Leaving Certificate Examination, 1908
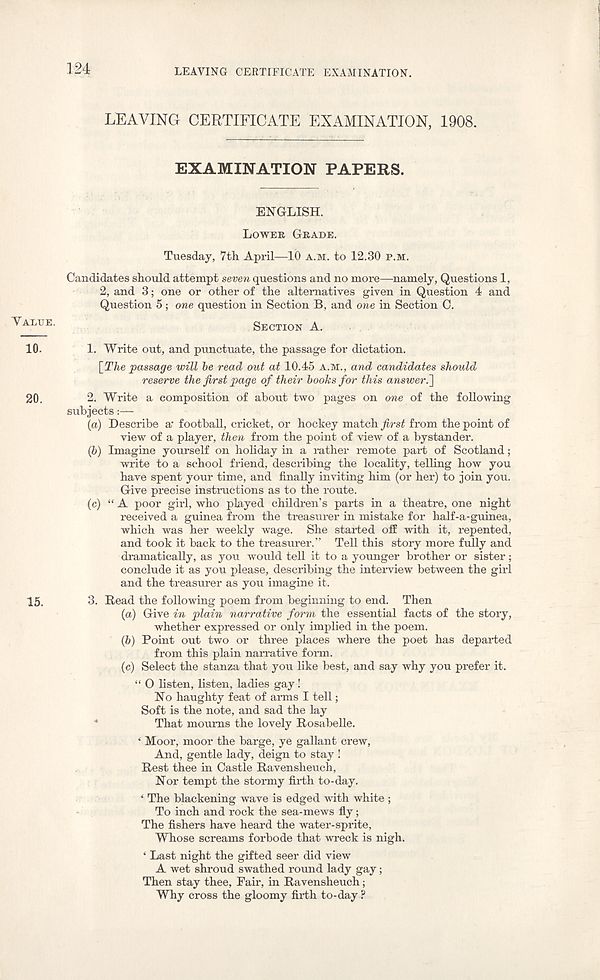
124
LEAVING CERTIFICATE EXAMINATION.
LEAVING CERTIFICATE EXAMINATION, 1908.
EXAMINATION PAPERS.
ENGLISH.
LOWER GRADE.
Tuesday, 7th April—10 A.M. to 12.30 P.M.
Candidates should attempt seven questions and no more—namely, Questions 1,
2, and 3; one or other of the alternatives given in Question 4 and
Question 5; one question in Section B, and one in Section C.
AI,1T:E -
SECTION A.
10.
1. Write out, and punctuate, the passage for dictation.
[The passage will be read out at 10.45 A.M., and candidates should
reserve the first page of their books for this answer.']
20.
2. Write a composition of about two pages on one of the following
subjects:—
(a) Describe a - football, cricket, or hockey match first from the point of
view of a player, then from the point of view of a bystander.
(b) Imagine yourself on holiday in a rather remote part of Scotland;
write to a school friend, desciibing the locality, telling how you
have spent your time, and finally inviting him (or her) to join you.
Give precise instructions as to the route.
(c) “ A poor girl, who played children’s parts in a theatre, one night
received a guinea from the treasurer in mistake for half-a-guinea,
which was her weekly wage. She started ofE with it, repented,
and took it back to the treasurer.” Tell this story more fully and
dramatically, as you would tell it to a younger brother or sister;
conclude it as you please, describing the interview between the girl
and the treasurer as you imagine it.
15.
3. Read the following poem from beginning to end. Then
(a) Give in plain narrative form the essential facts of the story,
whether expressed or only implied in the poem.
(b) Point out two or three places where the poet has departed
from this plain narrative form.
(c) Select the stanza that you like best, and say why you prefer it.
“ O listen, listen, ladies gay!
No haughty feat of arms I tell;
Soft is the note, and sad the lay
That mourns the lovely Rosabelle.
‘ Moor, moor the barge, ye gallant crew,
And, gentle lady, deign to stay !
Rest thee in Castle Ravensheuch,
Nor tempt the stormy firth to-day.
‘ The blackening wave is edged with white ;
To inch and rock the sea-mews fly;
The fishers have heard the water-sprite,
Whose screams forbode that wreck is nigh.
‘ Last night the gifted seer did view
A wet shroud swathed round lady gay;
Then stay thee, Fair, in Ravensheuch;
Why cross the gloomy firth to-day ?